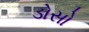
ડોસો